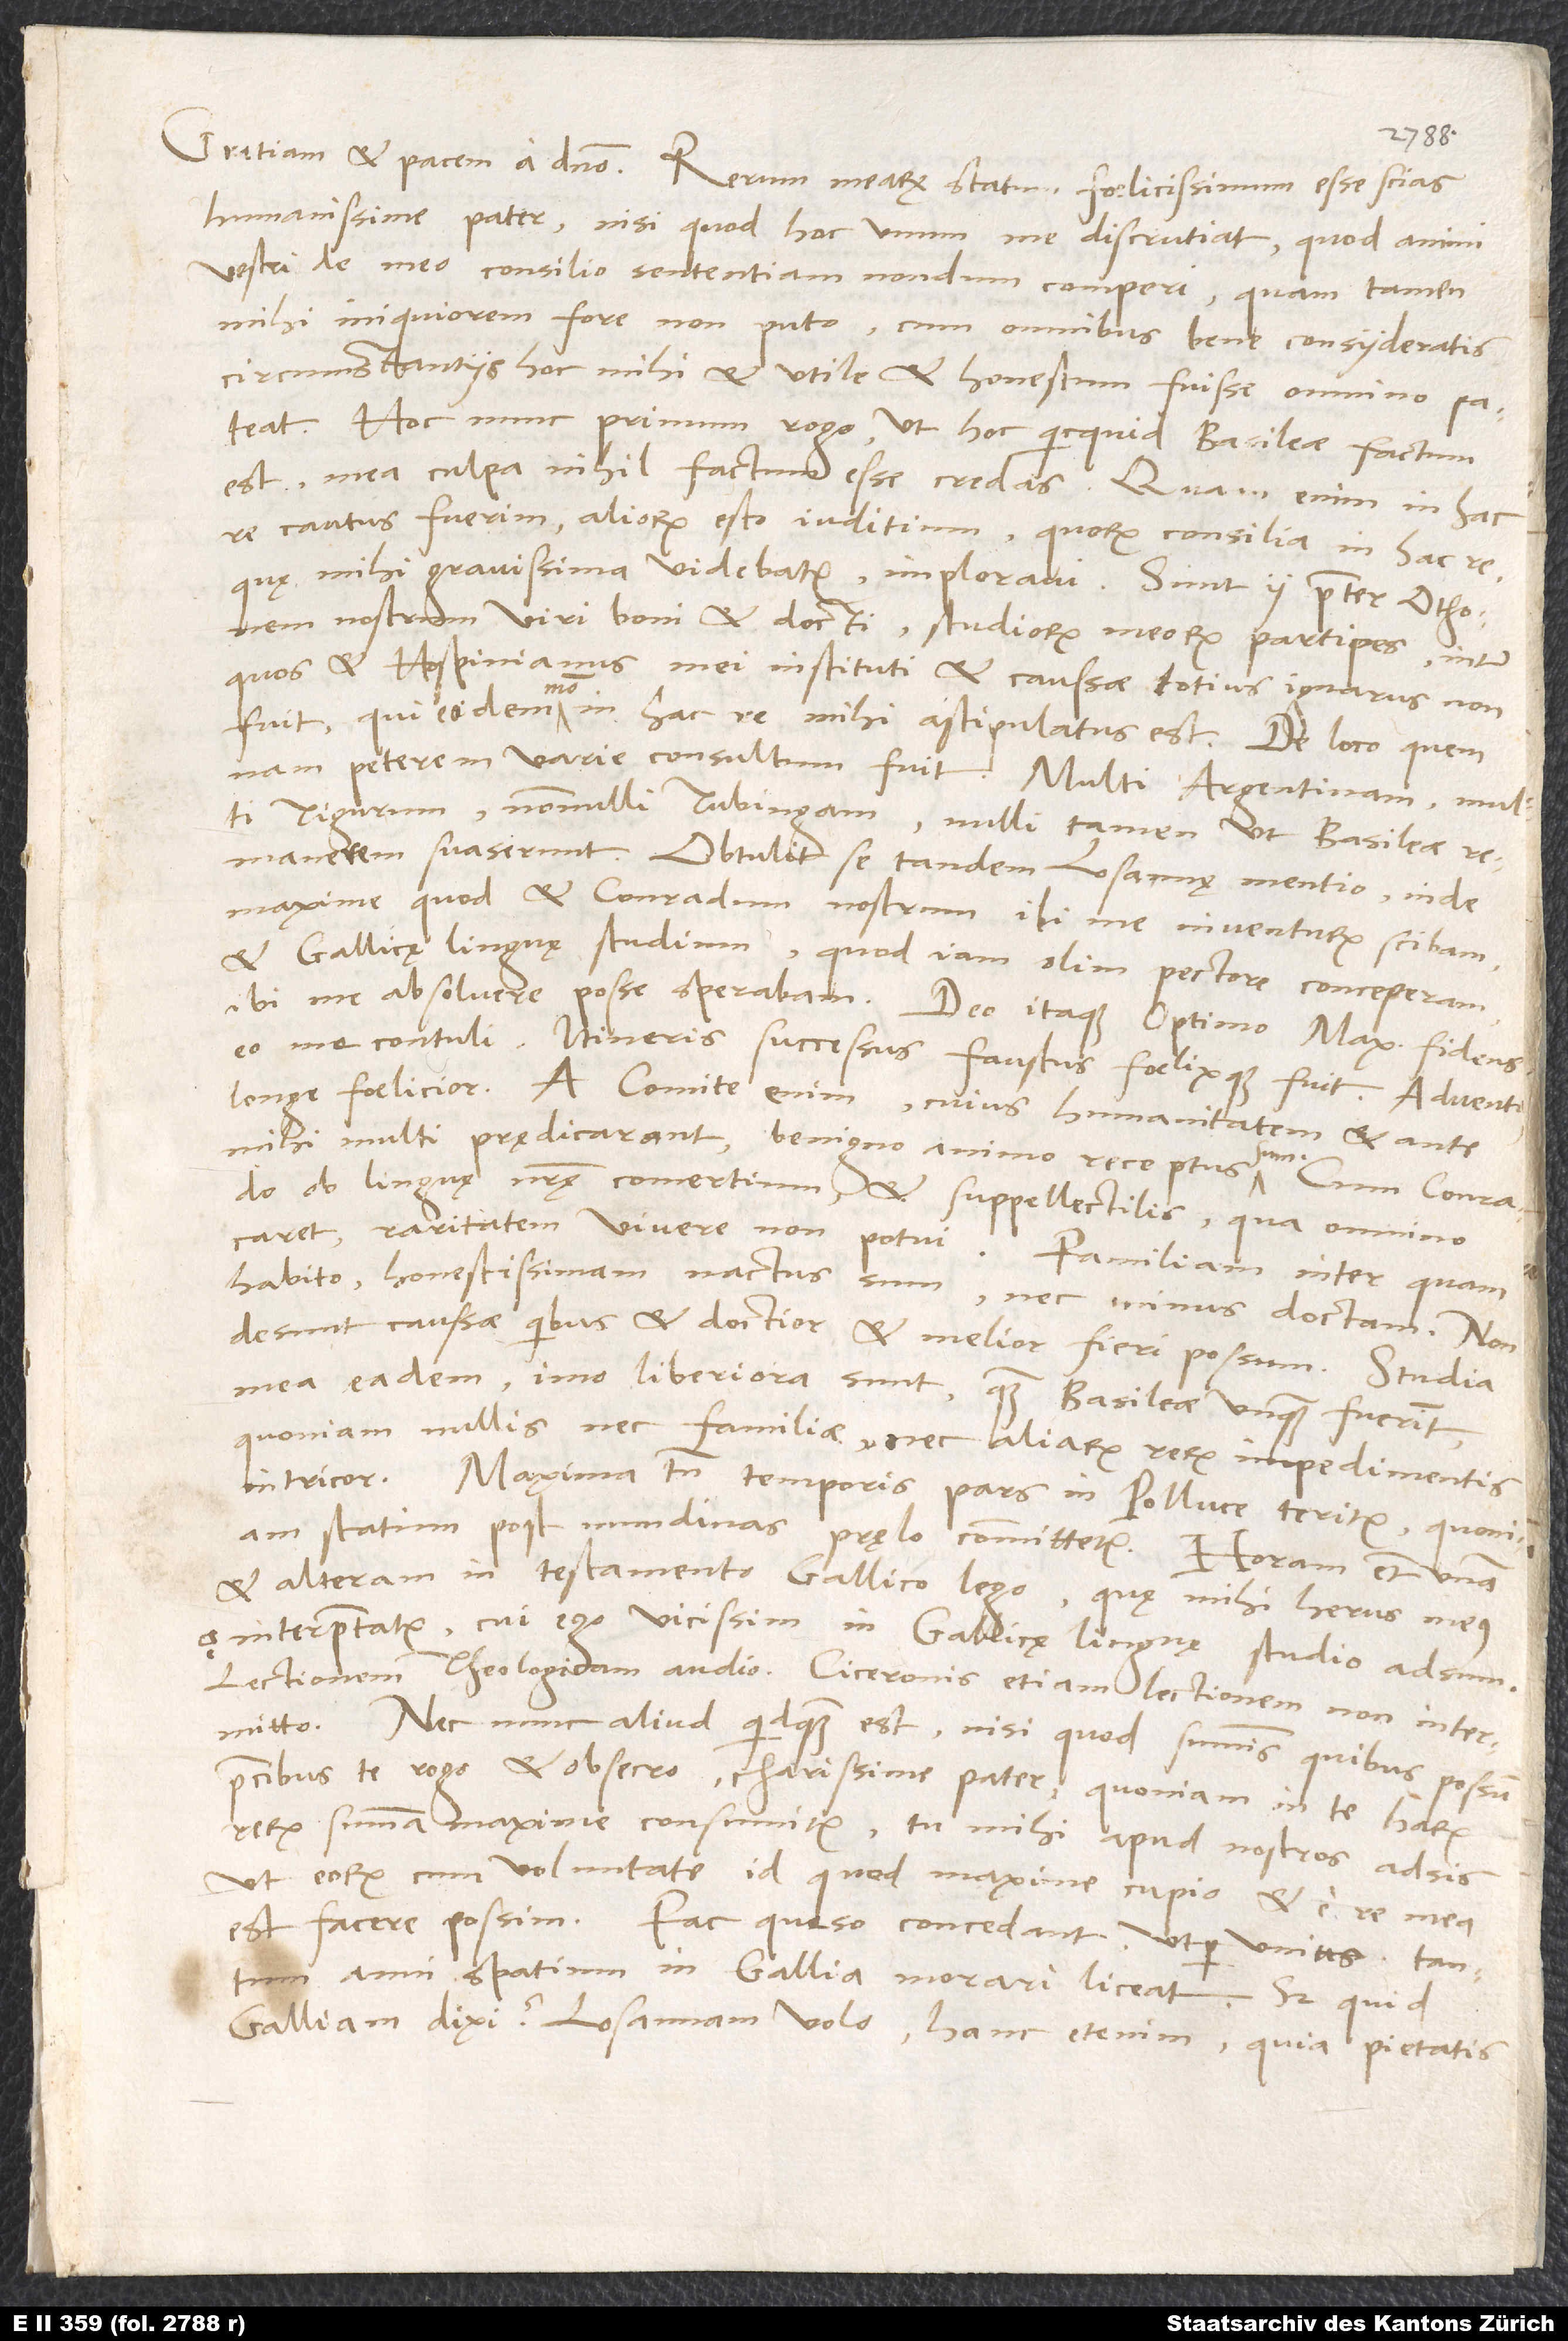
humanissime pater, nisi quod hoc unum me discrutiat, quod animi
vestri de meo consilio sententiam nondum comperi, quam tamen
mihi iniquiorem fore non puto, cum omnibus bene consyderatis
circumstantiis hoc mihi et utile et honestum fuisse omnino pateat.
Hoc nunc primum rogo, ut hoc, quicquid Basileae factum
est, mea culpa nihil factum esse credas. Quam enim in hac
re cautus fuerim, aliorum esto iuditium, quorum consilia in hac re,
quę mihi gravissima videbatur, imploravi. Sunt ii praeter Othonem
nostrum viri boni et docti, studiorum meorum participes, inter
quos et Hospinianus mei instituti et caussae totius ignarus non
fuit, qui eodem modo in hac re mihi astipulatus est. De loco, quem
nam peterem, varie consultum fuit. Multi Argentinam, multi
Tigurum, nonnulli Tubingam, nulli tamen, ut Basileae
remanerem, suaserunt. Obtulit se tandem Losannę mentio, inde
maxime, quod et Conradum nostrum ibi me inventurum scibam
et Gallicę linguę studium, quod iam olim pectore conceperam,
ibi me absolvere posse sperabam. Deo itaque optimo maximo fidens
longe foelicior; a Comite enim, cuius humanitatem et ante
mihi multi prędicarant, benigno animo receptus sum. Cum Conrado
ob linguę nostrę comertium et suppellectilis, qua omnino
raritatem vivere non potui. Familiam, inter quam
habito, honestissimam nactus sum nec minus doctam. Non
desunt caussae, quibus et doctior et melior fieri possum.
mea eadem, imo liberiora sunt, quam Basileae unquam fuerint,
quoniam nullis nec familiae nec aliarum rerum impedimentis
intricor. Maxima tamen temporis pars in Polluce teritur, quoniam
statim post nundinas pręlo committetur. Horam etiam unam
et alteram in testamento Gallico lego, quę mihi herus meus
interpretatur, cui ego vicissim in Gallicę linguę studio adsum.
Lectionem theologicam audio, Ciceronis etiam lectionem non intermitto.
Nec nunc aliud quidquam est, nisi quod summis, quibus possum,
precibus te rogo et obsecro, charissime pater, quoniam in te harum
rerum summa maxime consumitur, tu mihi apud nostros adsis,
ut eorum cum voluntate id, quod maxime cupio et e re mea
est, facere possim. Fac, queso, concedant, ut per unius tantum
anni spatium in Gallia morari liceat. Sed quid
Galliam dixi? Losannam volo; hanc etenim, quia pietatis